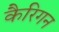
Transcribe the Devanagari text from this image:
कैरिगन